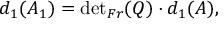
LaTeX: d _ { 1 } ( A _ { 1 } ) = { \operatorname * { d e t } } _ { F r } ( Q ) \cdot d _ { 1 } ( A ) ,